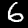
Label: 6